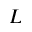
L